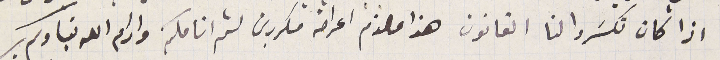
اذا كان تكسَروا لنا القانون هذا ملزم اعراضه مكررين لثم انامكم وادام الله بقاوكم